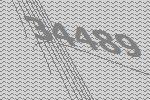
34489